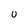
Character: U